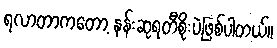
ရလာတာကတော့ နန်းဆုရတီစိုးပဲဖြစ်ပါတယ်။